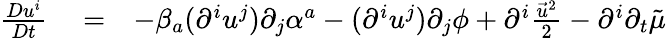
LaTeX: \begin{array}{rlr}{\frac{Du^{i}}{Dt}}&{{}=}&{-\beta_{a}(\partial^{i}u^{j})\partial_{j}\alpha^{a}-(\partial^{i}u^{j})\partial_{j}\phi+\partial^{i}\frac{\vec{u}^{2}}{2}-\partial^{i}\partial_{t}\tilde{\mu}}\end{array}